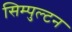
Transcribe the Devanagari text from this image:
सिम्पुल्टन